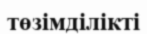
төзімділікті